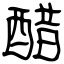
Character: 醋